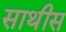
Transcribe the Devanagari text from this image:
साथीस